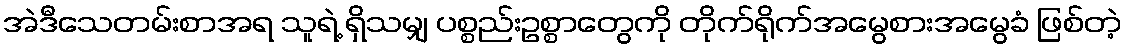
အဲဒီသေတမ်းစာအရ သူရဲ့ ရှိသမျှ ပစ္စည်းဥစ္စာတွေကို တိုက်ရိုက်အမွေစားအမွေခံ ဖြစ်တဲ့